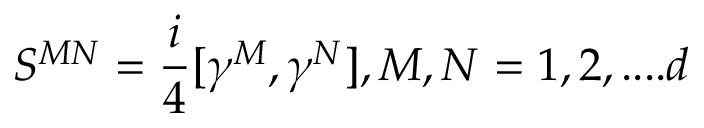
S ^ { M N } = { \frac { i } { 4 } } [ \gamma ^ { M } , \gamma ^ { N } ] , M , N = 1 , 2 , . . . . d